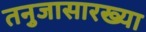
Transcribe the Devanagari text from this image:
तनुजासारख्या